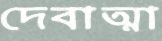
দেবাত্মা